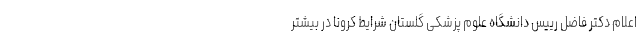
اعلام دکتر فاضل رییس دانشگاه علوم پزشکی گلستان شرایط کرونا در بیشتر